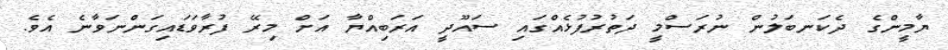
ޔާމީންގެ ދެކަނބަލުން ނުރަސްމީ ދަތުރުފުޅެއްގައި ސައޫދީ އަރަބިއްޔާ އަށް މިރޭ ފުރާވަޑައިގަންނަވާނެ އެވެ.